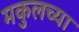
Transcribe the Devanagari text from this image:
मकुलच्या